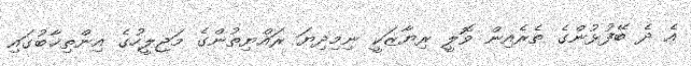
އެ ދެ ބޭފުޅުންގެ ތެރެއިން ވޮލީ ރިޔާޒަކީ ނިމިދިޔަ ރައްޔިތުންގެ މަޖިލީހުގެ އިންތިޚާބުގައި